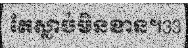
តែស្លាប់មិនខាន។33